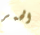
الحمر